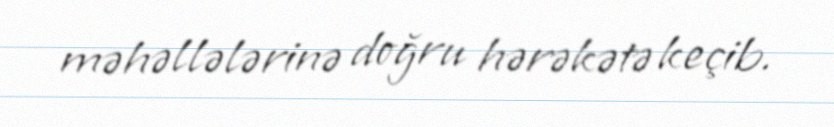
məhəllələrinə doğru hərəkətə keçib.